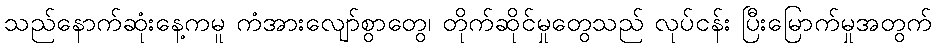
သည်နောက်ဆုံးနေ့ကမူ ကံအားလျော်စွာတွေ၊ တိုက်ဆိုင်မှုတွေသည် လုပ်ငန်း ပြီးမြောက်မှုအတွက်